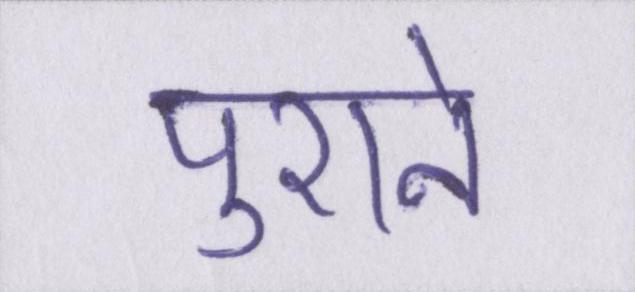
पुराने